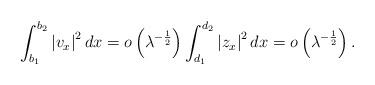
LaTeX: \begin{align*}\int _{b_1}^{b_2}\left|v_{x}\right|^2dx=o\left(\lambda^{-\frac{1}{2}}\right)\int _{d_1}^{d_2}\left|z_{x}\right|^2dx=o\left(\lambda^{-\frac{1}{2}}\right).\end{align*}